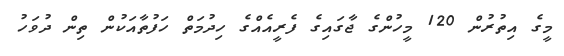
މީގެ އިތުރުން 120 މީހުންގެ ޖާގައިގެ ފެރީއެއްގެ ހިދުމަތް ހަފުތާއަކުން ތިން ދުވަހު